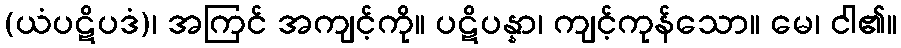
(ယံပဋိပဒံ)၊ အကြင် အကျင့်ကို။ ပဋိပန္နာ၊ ကျင့်ကုန်သော။ မေ၊ ငါ၏။